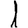
Digit: 1